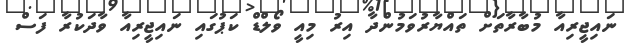
ނައިޖީރިއާ މުބާރާތަށް ތައްޔާރުވަމުންދާ އިރު މިއީ ވޯލްޑް ކަޕުގައި ނައިޖީރިއާ ވާދަކުރާ ފަސް